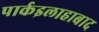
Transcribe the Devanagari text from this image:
पार्कइलाहाबाद